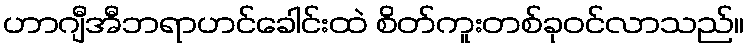
ဟာဂျီအီဘရာဟင်ခေါင်းထဲ စိတ်ကူးတစ်ခုဝင်လာသည်။